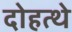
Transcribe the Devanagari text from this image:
दोहत्थे